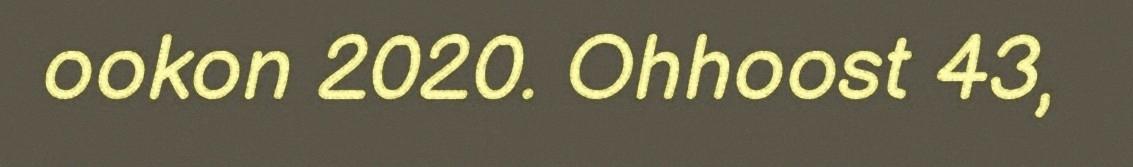
ookon 2020. Ohhoost 43,